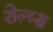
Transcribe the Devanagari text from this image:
शेल्व्स